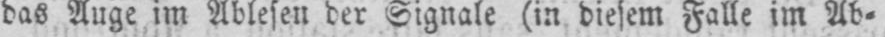
das Auge im Ablesen der Signale (in diesem Falle im Ab⸗